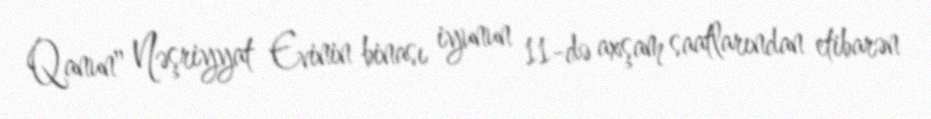
Qanun" Nəşriyyat Evinin binası iyunun 11-də axşam saatlarından etibarən